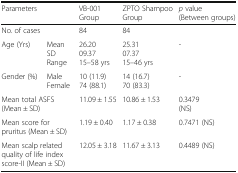
| <COLSPAN=2> Parameters | VB-001 Group | ZPTO Shampoo Group | p value (Between groups) |
 | --- | --- | --- | --- | --- |
 | <COLSPAN=2> No. of cases | 84 | 84 |  |
 | Age (Yrs) | MeanSDRange | 26.2009.3715–58 yrs | 25.3107.3715–46 yrs | - |
 | Gender (%) | MaleFemale | 10 (11.9)74 (88.1) | 14 (16.7)70 (83.3) | - |
 | <COLSPAN=2> Mean total ASFS(Mean ± SD) | 11.09 ± 1.55 | 10.86 ± 1.53 | 0.3479(NS) |
 | <COLSPAN=2> Mean score for pruritus (Mean ± SD) | 1.19 ± 0.40 | 1.17 ± 0.38 | 0.7471 (NS) |
 | <COLSPAN=2> Mean scalp related quality of life index score-II (Mean ± SD) | 12.05 ± 3.18 | 11.67 ± 3.13 | 0.4489 (NS) |